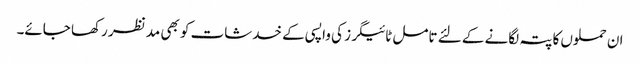
ان حملوں کا پتہ لگانے کے لئے تامل ٹائیگرز کی واپسی کے خدشات کو بھی مد نظر رکھا جائے۔